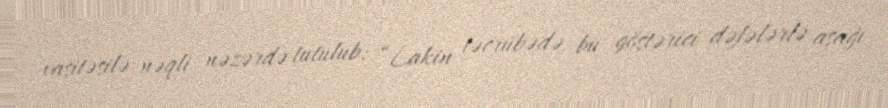
vasitəsilə nəqli nəzərdə tutulub: “Lakin təcrübədə bu göstərici dəfələrlə aşağı